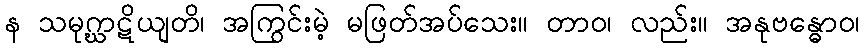
န သမုဂ္ဃာဋိယျတိ၊ အကြွင်းမဲ့ မဖြတ်အပ်သေး။ တာဝ၊ လည်း။ အနုဗန္ဓောဝ၊